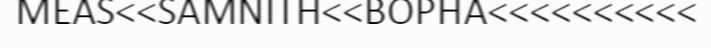
MEAS<<SAMNITH<<BOPHA<<<<<<<<<<